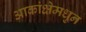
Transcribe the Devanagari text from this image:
आकांक्षेमधुन